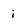
Character: i